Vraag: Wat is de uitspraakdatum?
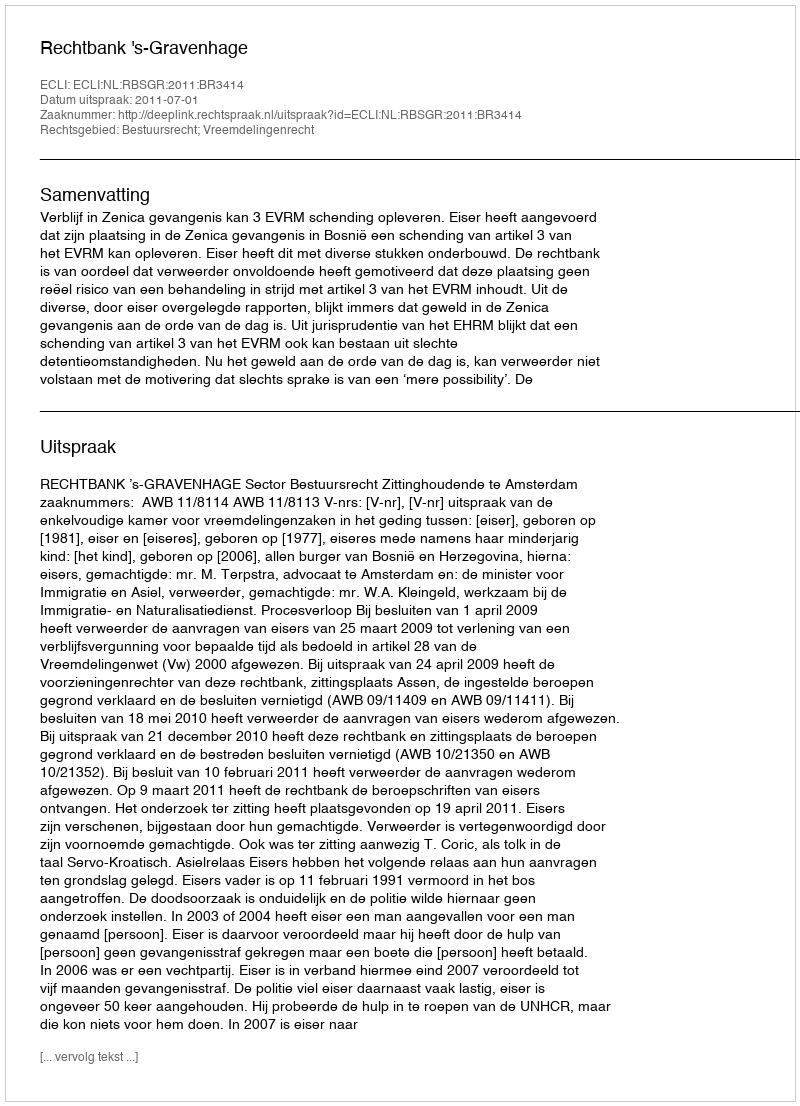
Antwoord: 2011-07-01